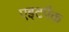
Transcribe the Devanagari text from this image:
एइटपैक